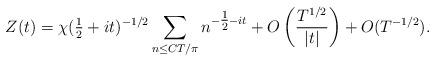
LaTeX: \begin{align*}Z(t) = \chi(\tfrac{1}{2}+it)^{-1/2} \sum_{n\leq CT/\pi} {n^{-\tfrac{1}{2} - it}} + O \left(\frac{T^{1/2}}{\vert t \vert} \right)+ O(T^{-1/2}). \end{align*}